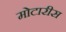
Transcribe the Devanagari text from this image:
मोटारीस